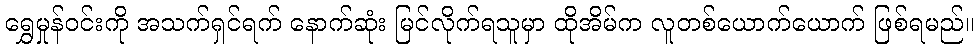
ရွှေမှုန်ဝင်းကို အသက်ရှင်ရက် နောက်ဆုံး မြင်လိုက်ရသူမှာ ထိုအိမ်က လူတစ်ယောက်ယောက် ဖြစ်ရမည်။